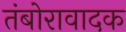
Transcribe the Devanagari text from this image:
तंबोरावादक